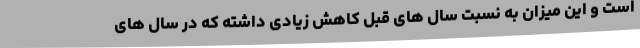
است و این میزان به نسبت سال های قبل کاهش زیادی داشته که در سال های